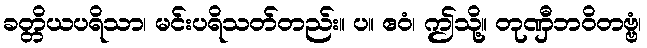
ခတ္တိယပရိသာ၊ မင်းပရိသတ်တည်း။ ပ။ ဧဝံ၊ ဤသို့။ တုဏှီဘဝိတဗ္ဗံ၊